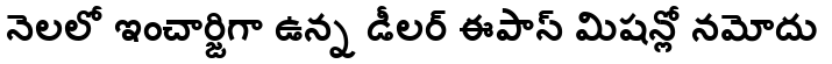
నెలలో ఇంచార్జిగా ఉన్న డీలర్ ఈపాస్ మిషన్లో నమోదు